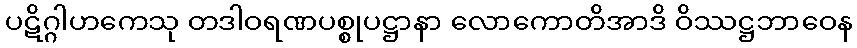
ပဋိဂ္ဂါဟကေသု တဒါဝရဏပစ္စုပဋ္ဌာနာ လောကောတိအာဒိ ဝိဿဋ္ဌဘာဝေန